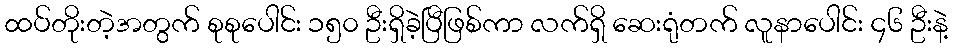
ထပ်တိုးတဲ့အတွက် စုစုပေါင်း ၁၅၀ ဦးရှိခဲ့ပြီဖြစ်ကာ လက်ရှိ ဆေးရုံတက် လူနာပေါင်း ၄၆ ဦးနဲ့